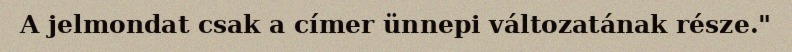
A jelmondat csak a címer ünnepi változatának része."